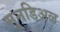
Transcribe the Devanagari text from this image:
मुनडिअल